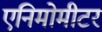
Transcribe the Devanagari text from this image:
एनिमोमीटर